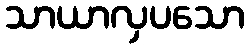
သာယာလှပသော